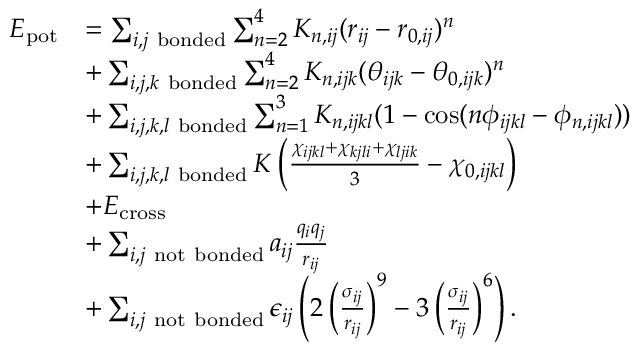
\begin{array} { r l } { E _ { \mathrm { p o t } } } & { = \sum _ { i , j \mathrm { ~ b o n d e d } } \sum _ { n = 2 } ^ { 4 } K _ { n , i j } ( r _ { i j } - r _ { 0 , i j } ) ^ { n } } \\ & { + \sum _ { i , j , k \mathrm { ~ b o n d e d } } \sum _ { n = 2 } ^ { 4 } K _ { n , i j k } ( \theta _ { i j k } - \theta _ { 0 , i j k } ) ^ { n } } \\ & { + \sum _ { i , j , k , l \mathrm { ~ b o n d e d } } \sum _ { n = 1 } ^ { 3 } K _ { n , i j k l } ( 1 - \cos ( n \phi _ { i j k l } - \phi _ { n , i j k l } ) ) } \\ & { + \sum _ { i , j , k , l \mathrm { ~ b o n d e d } } K \left( \frac { \chi _ { i j k l } + \chi _ { k j l i } + \chi _ { l j i k } } { 3 } - \chi _ { 0 , i j k l } \right) } \\ & { + E _ { \mathrm { c r o s s } } } \\ & { + \sum _ { i , j \mathrm { ~ n o t ~ b o n d e d } } a _ { i j } \frac { q _ { i } q _ { j } } { r _ { i j } } } \\ & { + \sum _ { i , j \mathrm { ~ n o t ~ b o n d e d } } \epsilon _ { i j } \left( 2 \left( \frac { \sigma _ { i j } } { r _ { i j } } \right) ^ { 9 } - 3 \left( \frac { \sigma _ { i j } } { r _ { i j } } \right) ^ { 6 } \right) . } \end{array}